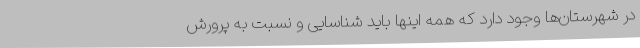
در شهرستان‌ها وجود دارد که همه اینها باید شناسایی و نسبت به پرورش